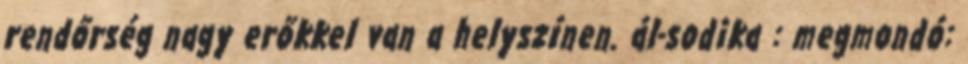
rendőrség nagy erőkkel van a helyszínen. ál-sodika : megmondó: